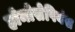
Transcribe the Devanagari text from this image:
होमोसेपियंस